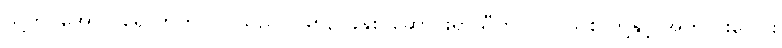
သို့တိုင်အောင် ရောဘတ်ဂါလိုသည် ၁၉၈၃ ခုနှစ် ဆောင်းရာသီတွင် ပြင်သစ် တို့နှင့် အတူ ပူးပေါင်း